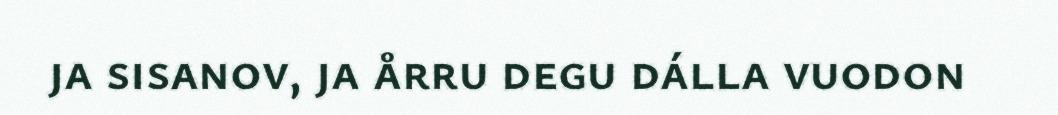
ja sisanov, ja årru degu dálla vuodon